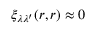
\xi _ { \lambda \lambda ^ { \prime } } ( \boldsymbol { r } , \boldsymbol { r } ) \approx 0